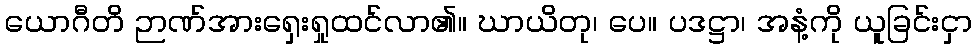
ယောဂီတိ ဉာဏ်အားရှေးရှုထင်လာ၏။ ဃာယိတု၊ ပေ။ ပဒဋ္ဌာ၊ အနံ့ကို ယူခြင်းငှာ